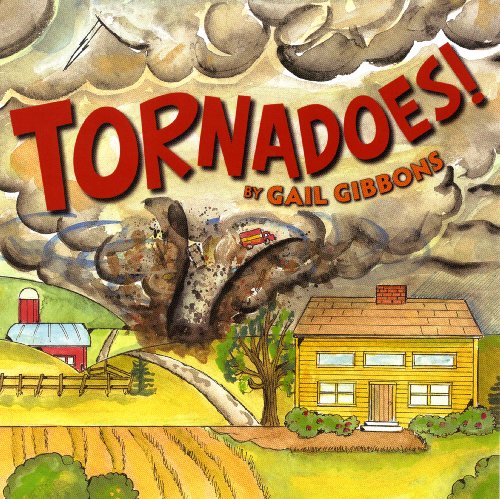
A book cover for Tornadoes!; Gail Gibbons; Science & Math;